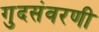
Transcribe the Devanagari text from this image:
गुदसंवरणी